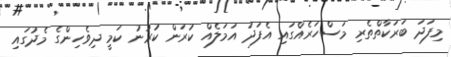
މިފަދަ ބަރަކާތްތެރި މަސްހަރެއްގައި އެފަދަ އަމަލެއް ކުރަން ކުރުނު ކަމީ ދިވެހިންގެ މެދުގައި